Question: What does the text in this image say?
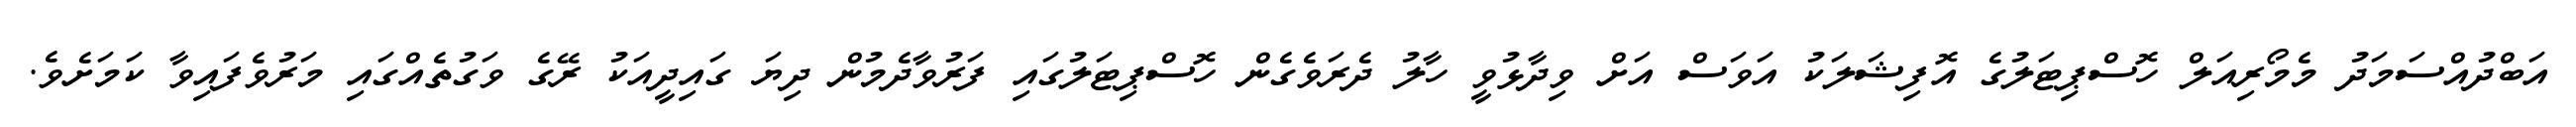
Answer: އަބްދުއްސަމަދު މެމޯރިއަލް ހޮސްޕިޓަލުގެ އޮފިޝަލަކު އަވަސް އަށް ވިދާޅުވީ ހާލު ދެރަވެގެން ހޮސްޕިޓަލުގައި ފަރުވާދެމުން ދިޔަ ގައިދީއަކު ރޭގެ ވަގުތެއްގައި މަރުވެފައިވާ ކަމަށެވެ.